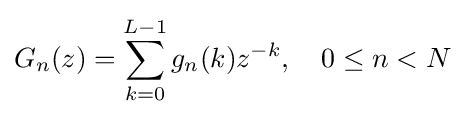
G_{n}(z)=\sum _{k=0}^{L-1}g_{n}(k)z^{-k},\quad 0\leq n<N